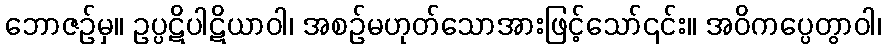
ဘောဇဉ်မှ။ ဥပ္ပဋိပါဋိယာဝါ၊ အစဉ်မဟုတ်သောအားဖြင့်သော်၎င်း။ အဝိကပ္ပေတွာဝါ၊